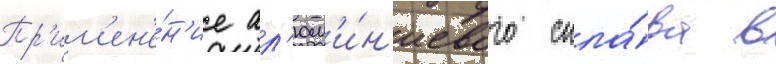
Пр'им'ен'е́н'ие ал'юм'и́н'иевого спла́ва в